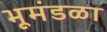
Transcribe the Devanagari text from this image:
भूमंडळा